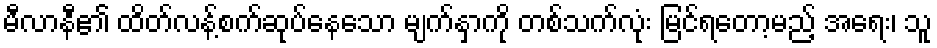
မီလာနီ၏ ထိတ်လန့်စက်ဆုပ်နေသော မျက်နှာကို တစ်သက်လုံး မြင်ရတော့မည့် အရေး၊ သူ